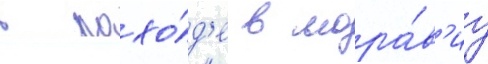
в похо́д'е в мора́в'иу